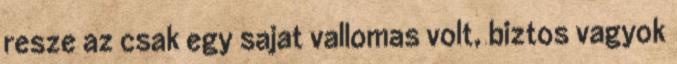
resze az csak egy sajat vallomas volt, biztos vagyok